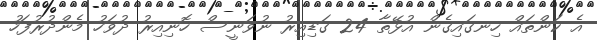
އެ ކަންތައް ހިނގައިގެން އުޅޭތާ 24 ގަޑިއިރު ނުވަނީސް ހޮނިއިރު ދުވަހު މެންދުރުފަހު